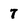
Character: 7